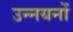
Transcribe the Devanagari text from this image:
उन्नयनों